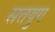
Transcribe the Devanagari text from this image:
सत्तयुग